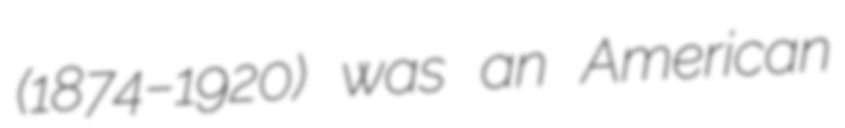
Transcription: (1874–1920) was an American